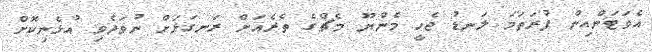
އެވަޓަންއިން ފުރަތަމަ ލަނޑު ޖެހީ މެންޔޫ މެޗްގެ ތެރެއަށް ރަނގަޅަށް ނުވަދެވި އުޅެނިކޮށް